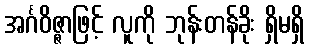
အင်္ဂဝိဇ္ဇာဖြင့် လူကို ဘုန်းတန်ခိုး ရှိမရှိ